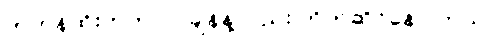
တဟုန်ထိုးတက်လာချိန်နဲ့လည်း တိုက်ဆိုင်နေပါတယ်။